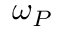
\omega _ { P }